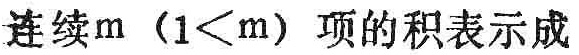
连续m（1<m）项的积表示成